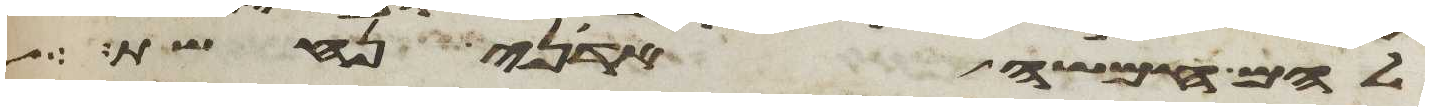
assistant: להם חמשה אדני נחשת